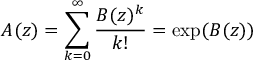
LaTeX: A ( z ) = \sum _ { k = 0 } ^ { \infty } { \frac { B ( z ) ^ { k } } { k ! } } = \exp ( B ( z ) )